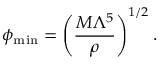
\phi _ { \mathrm { m i n } } = \left( \frac { M \Lambda ^ { 5 } } { \rho } \right) ^ { 1 / 2 } .